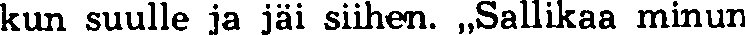
kun suulle ja jäi siihen. ,,Sallikaa minun